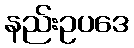
နည်းဥပဒေ